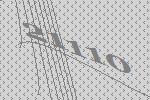
21110